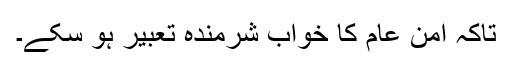
تاکہ امن عام کا خواب شرمندہ تعبیر ہو سکے۔